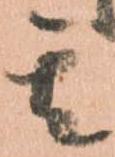
其